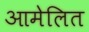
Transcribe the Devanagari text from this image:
आमेलित